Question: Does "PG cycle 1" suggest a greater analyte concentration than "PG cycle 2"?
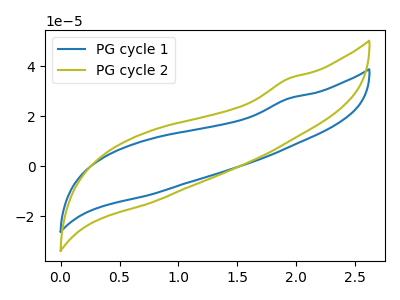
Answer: <think>The blue curve "PG cycle 1" has no peaks. The olive curve "PG cycle 2" has no peaks.
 Neither "PG cycle 1" or "PG cycle 2" have any peaks.</think>
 <answer>I cant tell if "PG cycle 1" or "PG cycle 2" has more signal.</answer>
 <eval>mixed_signal</eval>